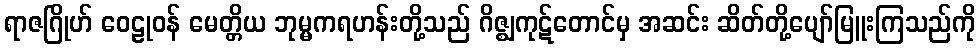
ရာဇဂြိုဟ် ဝေဠုဝန် မေတ္တိယ ဘုမ္မကရဟန်းတို့သည် ဂိဇ္ဈကုဋ်တောင်မှ အဆင်း ဆိတ်တို့ပျော်မြူးကြသည်ကို